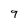
Character: 9